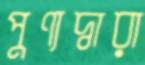
পুণ্যদ্বারা